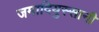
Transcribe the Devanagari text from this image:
जमादियुस्सानी